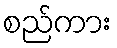
စည်ကား